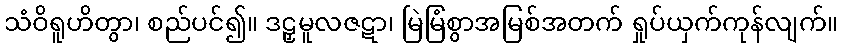
သံဝိရူဟိတွာ၊ စည်ပင်၍။ ဒဠှမူလဇဋာ၊ မြဲမြံစွာအမြစ်အတက် ရှုပ်ယှက်ကုန်လျက်။